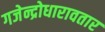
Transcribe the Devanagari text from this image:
गजेन्द्रोधारावतार